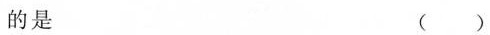
的是 ()